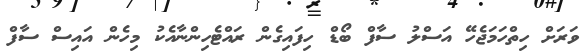
ވަރަށް ހިތްހަމަޖެހޭ އަސްލު ސާފް ބޯޑް ހިފައިގެން ރައްޓެހިންނާއެކު މިހެން އައިސް ސާފް